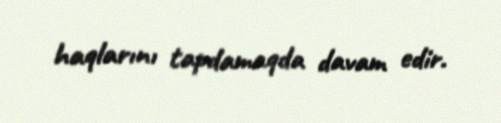
haqlarını tapdamaqda davam edir.